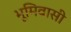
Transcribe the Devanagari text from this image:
भूमिवासी